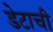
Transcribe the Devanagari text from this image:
डेटाची